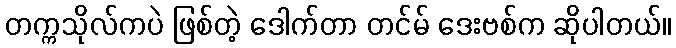
တက္ကသိုလ်ကပဲ ဖြစ်တဲ့ ဒေါက်တာ တင်မ် ဒေးဗစ်က ဆိုပါတယ်။